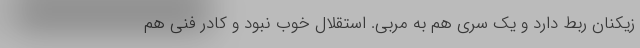
زیکنان ربط دارد و یک سری هم به مربی. استقلال خوب نبود و کادر فنی هم